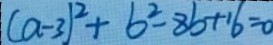
( a - 3 ) ^ { 2 } + b ^ { 2 } - 8 b + 1 6 = 0